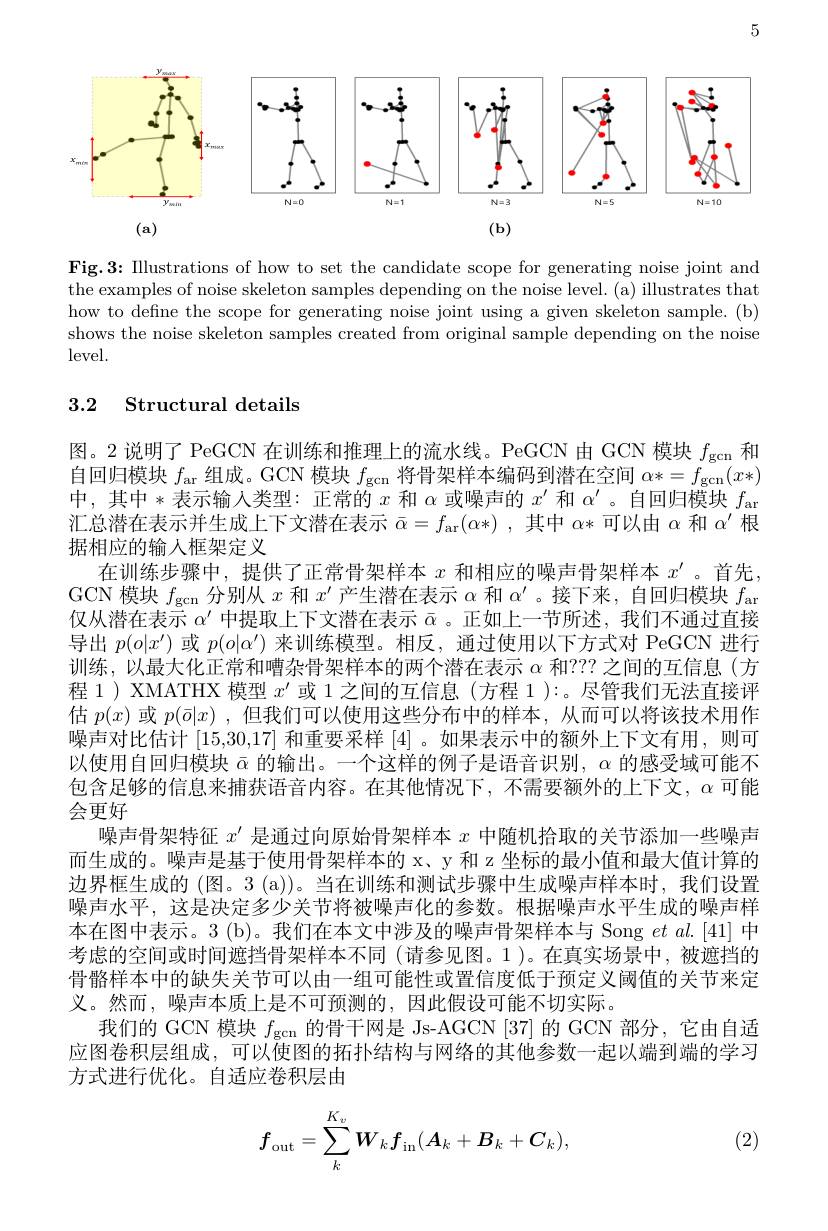
5

<FigureHere>

Fig.3: Illustrations of how to set the candidate scope for generating noise joint and the examples of noise skeleton samples depending on the noise level. (a) illustrates that how to define the scope for generating noise joint using a given skeleton sample. (b) shows the noise skeleton samples created from original sample depending on the noise level.

## 3.2 Structural details

图。2 说明了 PeGCN 在训练和推理上的流水线。PeGCN 由 GCN 模块$f_\mathrm{gcn}$和自回归模块$f_\mathrm{ar}$组成。GCN 模块$f_\mathrm{gcn}$将骨架样本编码到潜在空间$\alpha*=f_\mathrm{gcn}(x*)$ 中，其中*表示输入类型：正常的$x$和$\alpha$或噪声的$x^\prime$和$\alpha^\prime$ 。自回归模块$f_{\mathrm{an}}$ 汇总潜在表示并生成上下文潜在表示$\bar{\alpha}=f_{\mathrm{ar}}(\alpha*)~$,其中$\alpha*$可以由$\alpha$和$\alpha^\prime$根据相应的输入框架定义
在训练步骤中，提供了正常骨架样本$x$和相应的噪声骨架样本$x^\prime$ 。首先GCN 模块$f_\mathrm{gcn}$分别从$x$和$x^\prime$产生潜在表示$\alpha$和$\alpha^\prime$ 。接下来，自回归模块$f_\mathrm{ar}$ 仅从潜在表示$\bar{\alpha^{\prime}\text{ 中提取上下文潜在表示 }\bar{\alpha}}$ 。正如上一节所述，我们不通过直接导出$p(o|x^{\prime})$或$p(o|\alpha^{\prime})$来训练模型。相反，通过使用以下方式对 PeGCN 进行训练，以最大化正常和嘈杂骨架样本的两个潜在表示$\alpha$和？?? 之间的互信息(方程 1 ) XMATHX 模型$x^\prime$或 1 之间的互信息 (方程 1 ):。尽管我们无法直接评估$p(x)$或$p(\bar{o}|x)$,但我们可以使用这些分布中的样本，从而可以将该技术用作噪声对比估计 [15,30,17] 和重要采样 [4] 。如果表示中的额外上下文有用，则可以使用自回归模块$\bar{\alpha}$的输出。一个这样的例子是语音识别，$\alpha$的感受域可能不包含足够的信息来捕获语音内容。在其他情况下，不需要额外的上下文，$\alpha$可能会更好
噪声骨架特征$x^\prime$是通过向原始骨架样本$x$中随机拾取的关节添加一些噪声而生成的。噪声是基于使用骨架样本的 x、y 和 z 坐标的最小值和最大值计算的边界框生成的 (图。3 (a))。当在训练和测试步骤中生成噪声样本时，我们设置噪声水平，这是决定多少关节将被噪声化的参数。根据噪声水平生成的噪声样本在图中表示。3 (b)。我们在本文中涉及的噪声骨架样本与 Song $et$ al.[41] 中考虑的空间或时间遮挡骨架样本不同(请参见图。1)。在真实场景中，被遮挡的骨骼样本中的缺失关节可以由一组可能性或置信度低于预定义阈值的关节来定义。然而，噪声本质上是不可预测的，因此假设可能不切实际。
我们的 GCN 模块$f_\mathrm{gcn}$的骨干网是 Js-AGCN [37] 的 GCN 部分，它由自适应图卷积层组成，可以使图的拓扑结构与网络的其他参数一起以端到端的学习方式进行优化。自适应卷积层由
$$f_{\mathrm{out}}=\sum_k^{K_v}\boldsymbol{W}_k\boldsymbol{f}_{\mathrm{in}}(\boldsymbol{A}_k+\boldsymbol{B}_k+\boldsymbol{C}_k),$$
(2)